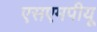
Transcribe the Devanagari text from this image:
एसएमपीयू